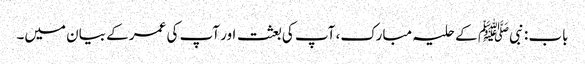
باب : نبیﷺ کے حلیہ مبارک، آپ کی بعثت اور آپ کی عمر کے بیان میں۔